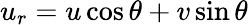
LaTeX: u_{r}=u\cos\theta+v\sin\theta